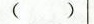
()